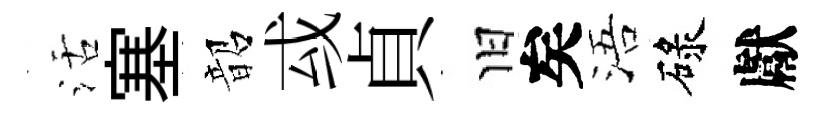
活塞韶㦯貞旧矣浯碌獻